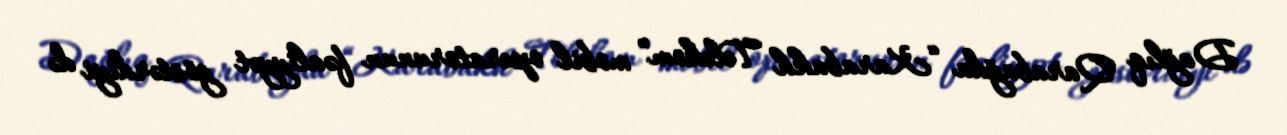
Dağlıq Qarabağda “Karabakh Telekom” mobil operatorunun fəaliyyət göstərdiyi də